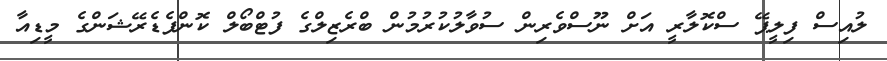
ލުއިސް ފިލީޕޭ ސްކޮލާރީ އަށް ނޫސްވެރިން ސުވާލުކުރުމުން ބްރެޒިލްގެ ފުޓްބޯލް ކޮންފެޑެރޭޝަންގެ މީޑިއާ